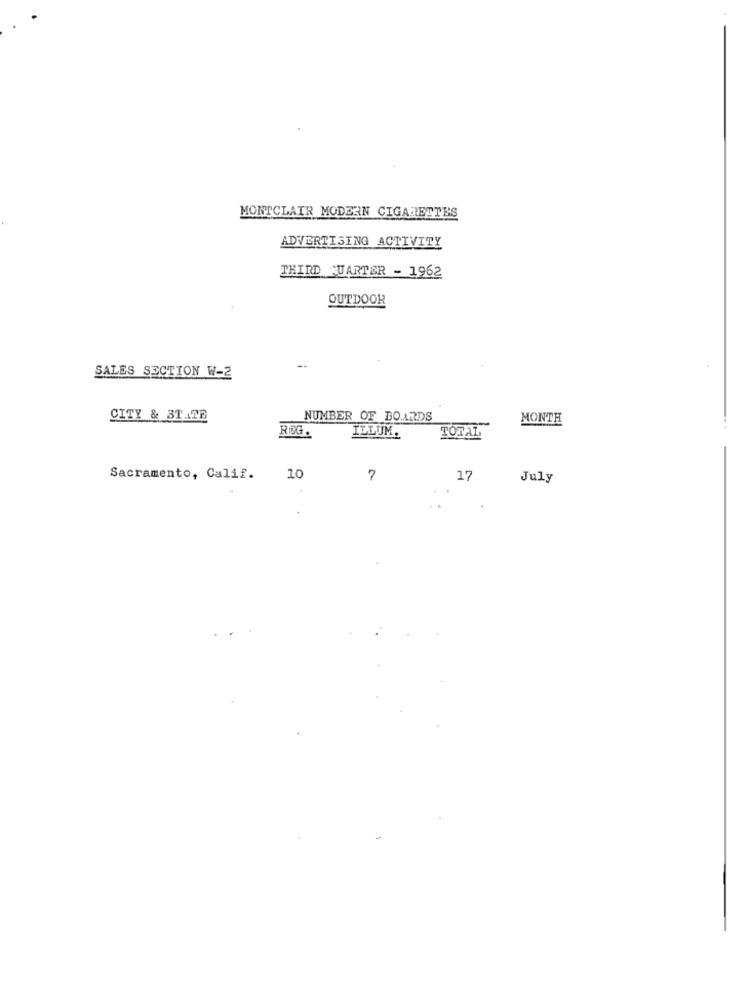
MONTCLAIR MODERN CIGARETTES
ADVERTISING ACTIVITY
THIRD QUARTER - 1962
OUTDOOR
SALES SECTION W-2
CITY & 3TAGE
NUMBER OF BOARDS
MONTH
RØG.
ILLUM.
TOTAL
Sacramento, Calif.
10
7
17
July